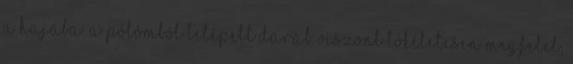
a hajába. A pólómból letépett darab viszont tökéletesen megfelel,